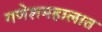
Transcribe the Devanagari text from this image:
गणेशमहालात